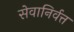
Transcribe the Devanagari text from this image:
सेवानिर्वत्त